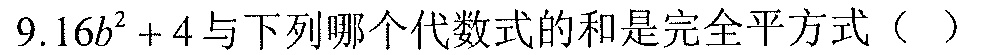
$9.16b^{2}+4$与下列哪个代数式的和是完全平方式（  ）